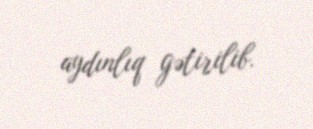
aydınlıq gətirilib.